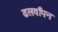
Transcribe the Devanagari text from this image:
ढलवाँपन